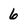
Character: 6